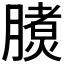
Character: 𣎧